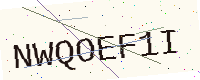
Text: NWQOEF1I